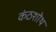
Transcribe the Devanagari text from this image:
कंठशोथ